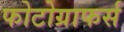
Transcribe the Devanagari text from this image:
फोटोग्राफर्स